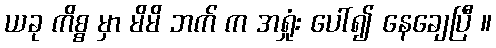
ယခု ကိစ္စ မှာ မိမိ ဘက် က အရှုံး ပေါ်၍ နေချေပြီ ။